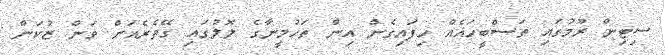
ސިޓިން ރޫމުގައި ތަސްބީހައެއް ހިފައިގެން އިން ތަހުމީނާގެ ލޮލުގައި ގޭތެރެއަށް ވަން ޒުކަން